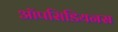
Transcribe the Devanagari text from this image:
ऑपसिडियनस